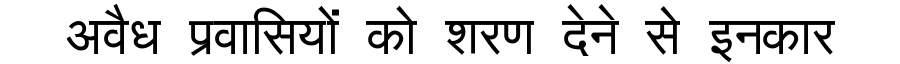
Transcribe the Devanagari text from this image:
अवैध प्रवासियों को शरण देने से इनकार